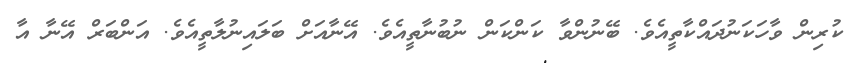
ކުރިން ވާހަކަނުދައްކާތީއެވެ. ބޭނުންވާ ކަންކަން ނުބުނާތީއެވެ. އޭނާއަށް ބަލައިނުލާތީއެވެ. އަންބަރް އޭނާ އާ